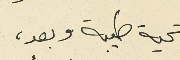
تحية طيبة وبعد،